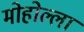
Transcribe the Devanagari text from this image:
मोहोल्ला